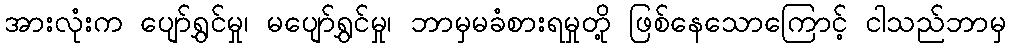
အားလုံးက ပျော်ရွှင်မှု၊ မပျော်ရွှင်မှု၊ ဘာမှမခံစားရမှုတို့ ဖြစ်နေသောကြောင့် ငါသည်ဘာမှ